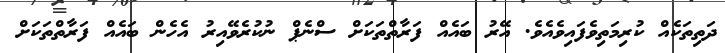
ދަތިތަކެއް ކުރިމަތިވެފައިވެއެވެ. އޭރު ބައެއް ފަރާތްތަކަށް ސްނެޕް ނުކުރެވޭއިރު އެހެން ބައެއް ފަރާތްތަކަށް